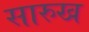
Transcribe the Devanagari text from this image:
सारुख